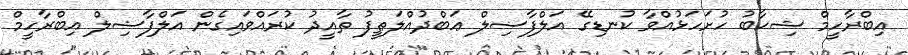
އިބްރާހީމް ޝިހާބު ހުށަހަޅުއްވާ ކުނޑިގޭ އަލްފާޟިލް ޢަބްދުއްލަޠީފު ތާއީދު ކުރައްވައިގެން އަލްފާޟިލް އިބްރާހީމް